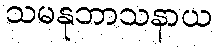
သမနုဘာသနာယ